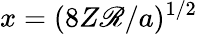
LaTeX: x=(8Z\mathscr{R}/a)^{1/2}